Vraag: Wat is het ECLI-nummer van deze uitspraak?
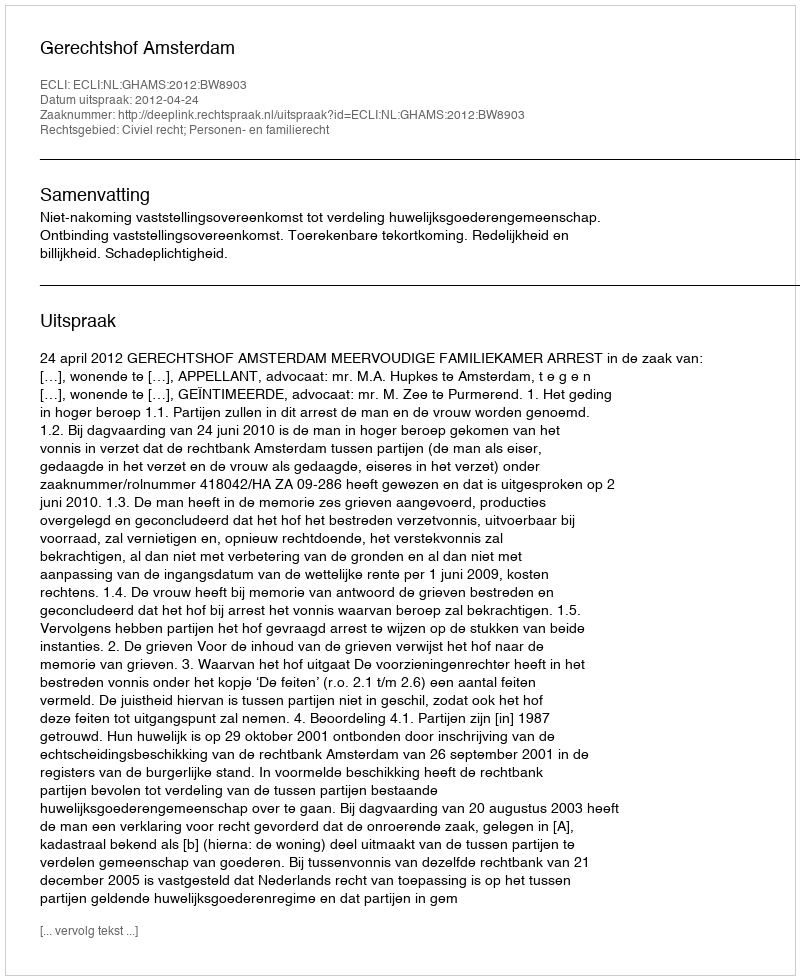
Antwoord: ECLI:NL:GHAMS:2012:BW8903